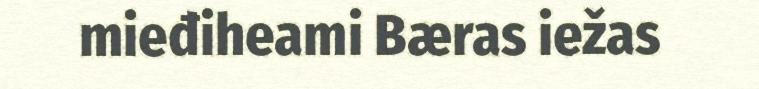
mieđiheami Bæras iežas